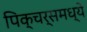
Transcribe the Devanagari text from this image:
पिक्‍चर्समध्ये